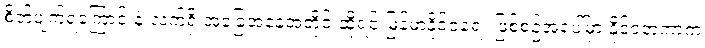
စိတ်ပျက်ရကြောင်းနဲ့ လက်ရှိ အခြေအနေအတိုင်းဆိုရင် မြန်မာ့နိုင်ငံရေး ဖြစ်စဉ်အပေါ်မှာ နိုင်ငံတကာက